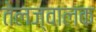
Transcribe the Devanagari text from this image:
तेलज्वालक